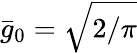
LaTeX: \bar{g}_{0}=\sqrt{2/\pi}